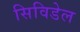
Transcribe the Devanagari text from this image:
सिविडेल